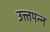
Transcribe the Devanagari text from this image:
उत्त्तपन्न